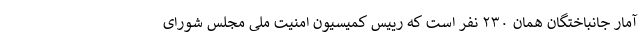
آمار جانباختگان همان ۲۳۰ نفر است که رییس کمیسیون امنیت ملی مجلس شورای